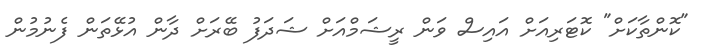
"ކޮންތާކަށް" ކޮޓަރިއަށް އައިސް ވަން ރީޝަމްއަށް ޝަދަފު ބޭރަށް ދާން އުޅޭތަން ފެނުމުން